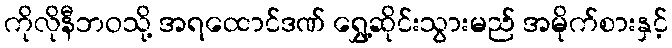
ကိုလိုနီဘဝသို့ အရထောင်ဒဏ် ရွှေ့ဆိုင်းသွားမည် အမိုက်စားနှင့်